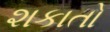
શકાતો